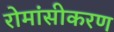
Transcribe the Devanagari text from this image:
रोमांसीकरण